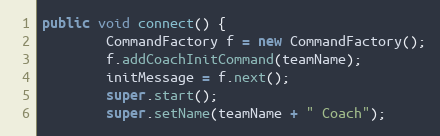
Language: Java
public void connect() {
        CommandFactory f = new CommandFactory();
        f.addCoachInitCommand(teamName);
        initMessage = f.next();
        super.start();
        super.setName(teamName + " Coach");